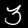
Label: 3